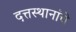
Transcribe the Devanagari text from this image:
दत्तस्थानांचे